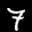
Label: 7